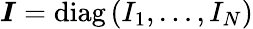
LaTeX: \boldsymbol{I}=\operatorname{diag}\left(I_{1},\ldots,I_{N}\right)